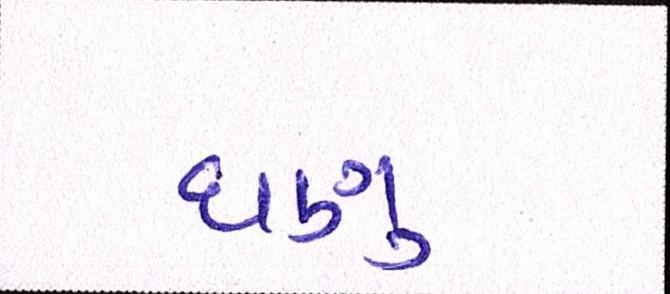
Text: ઘણુ